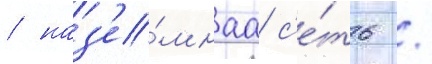
/ наз'е́мнаа с'е́ть /